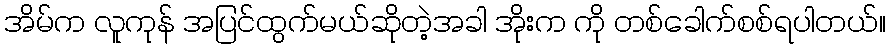
အိမ်က လူကုန် အပြင်ထွက်မယ်ဆိုတဲ့အခါ အိုးက ကို တစ်ခေါက်စစ်ရပါတယ်။